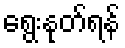
ရွေးနုတ်ရန်